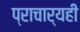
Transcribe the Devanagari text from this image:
प्राचार्यही